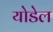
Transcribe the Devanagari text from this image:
योडेल